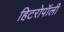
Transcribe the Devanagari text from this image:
हिटरोपॉली